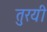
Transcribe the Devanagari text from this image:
तुरयी